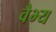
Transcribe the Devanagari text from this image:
वैभ्य